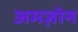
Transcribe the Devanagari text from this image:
अमज़ोन